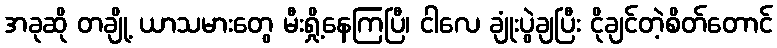
အခုဆို တချို့ ယာသမားတွေ မီးရှို့နေကြပြီ၊ ငါလေ ချုံးပွဲချပြီး ငိုချင်တဲ့စိတ်တောင်